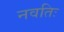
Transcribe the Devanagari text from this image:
नवतिः